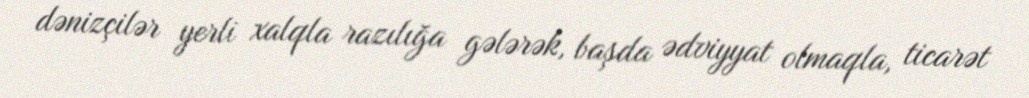
dənizçilər yerli xalqla razılığa gələrək, başda ədviyyat olmaqla, ticarət